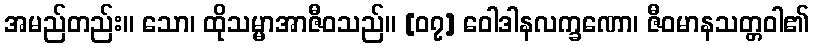
အမည်တည်း။ သော၊ ထိုသမ္မာအာဇီဝသည်။ [၀၇] ဝေါဒါနလက္ခဏော၊ ဇီဝမာနသတ္တဝါ၏